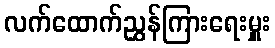
လက်ထောက်ညွှန်ကြားရေးမှူး